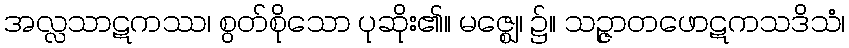
အလ္လသာဋကဿ၊ စွတ်စိုသော ပုဆိုး၏။ မဇ္ဈေ၊ ၌။ သဉ္ဇာတဖောဋကသဒိသံ၊